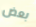
بعض